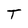
Character: T